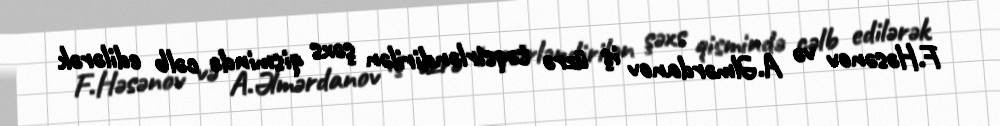
F.Həsənov və A.Əlmərdanov iş üzrə təqsirləndirilən şəxs qismində cəlb edilərək